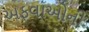
અફવાઓની